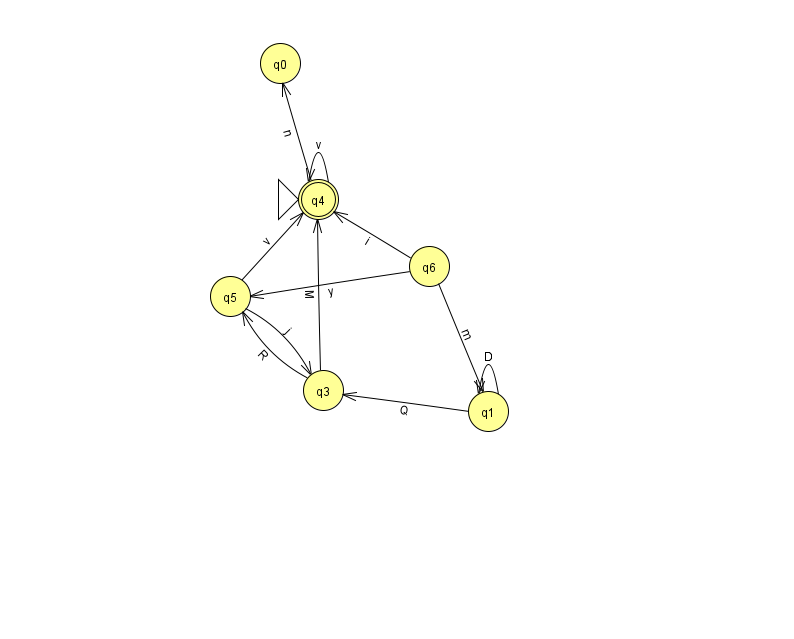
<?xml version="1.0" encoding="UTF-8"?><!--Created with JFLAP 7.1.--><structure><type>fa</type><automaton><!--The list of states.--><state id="0" name="q0"><x>280.0</x><y>50.0</y></state><state id="1" name="q1"><x>488.0</x><y>398.0</y></state><state id="3" name="q3"><x>323.0</x><y>377.0</y></state><state id="4" name="q4"><x>318.0</x><y>186.0</y><initial/><final/></state><state id="5" name="q5"><x>230.0</x><y>283.0</y></state><state id="6" name="q6"><x>429.0</x><y>253.0</y></state><!--The list of transitions.--><transition><from>6</from><to>5</to><read>y</read></transition><transition><from>3</from><to>4</to><read>M</read></transition><transition><from>1</from><to>3</to><read>Q</read></transition><transition><from>5</from><to>3</to><read>j</read></transition><transition><from>5</from><to>4</to><read>v</read></transition><transition><from>1</from><to>1</to><read>D</read></transition><transition><from>6</from><to>4</to><read>i</read></transition><transition><from>4</from><to>4</to><read>v</read></transition><transition><from>4</from><to>0</to><read>n</read></transition><transition><from>3</from><to>5</to><read>R</read></transition><transition><from>6</from><to>1</to><read>m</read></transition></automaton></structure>